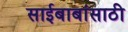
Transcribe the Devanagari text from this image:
साईबाबांसाठी